Vaccination in Burma 1920-1933 - 1920-1933
Year: 1920
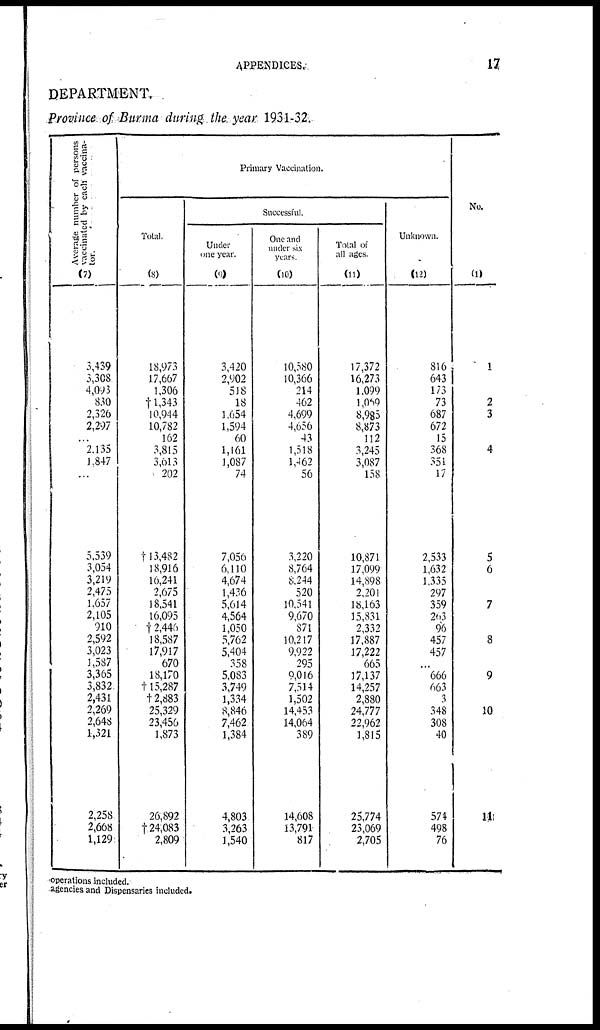
APPENDICES.
17
DEPARTMENT.
Province of Burma during the year 1931-32.
Average number of persons
vaccinated by each vaccina-
tor.
(7)
3,439
3,308
4,093
830
2,326
2,297
...
2,135
1,847
...
5,539
3,054
3,219
2,475
1,657
2,105
910
2,592
3,023
1,587
3,365
3,832
2,431
2,269
2,648
1,321
2,258
2,668
1,129
Primary Vaccination.
Total.
(8)
18,973
17,667
1,306
†1,343
10,944
10,782
162
3,815
3,613
202
†13,482
18,916
16,241
2,675
18,541
16,095
†2,446
18,587
17,917
670
18,170
†15,287
†2,883
25,329
23,456
1,873
26,892
† 24,083
2,809
Successful.
Under
one year.
(9)
3,420
2,902
518
18
1,654
1,594
60
1,161
1,087
74
7,056
6,110
4,674
1,436
5,614
4,564
1,050
5,762
5,404
358
5,083
3,749
1,334
8,846
7,462
1,384
4,803
3,263
1,540
One and
under six
years.
(10)
10,580
10,366
214
462
4,699
4,656
43
1,518
1,462
56
3,220
8,764
8,244
520
10,541
9,670
871
10,217
9,922
295
9,016
7,514
1,502
14,453
14,064
389
14,608
13,791
817
Total of
all ages.
(11)
17,372
16,273
1,099
1,069
8,985
8,873
112
3,245
3,087
158
10,871
17,099
14,898
2,201
18,163
15,831
2,332
17,887
17,222
665
17,137
14,257
2,880
24,777
22,962
1,815
25,774
23,069
2,705
Unknown.
(12)
816
643
173
73
687
672
15
368
351
17
2,533
1,632
1,335
297
359
263
96
457
457
...
666
663
3
348
308
40
574
498
76
No.
(1)
1
2
3
4
5
6
7
8
9
10
11
operations included.
agencies and Dispensaries included.